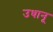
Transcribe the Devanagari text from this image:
उधानू